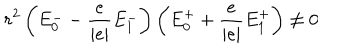
r ^ { 2 } \left( E _ { 0 } ^ { - } - \frac { e } { \left| e \right| } E _ { 1 } ^ { - } \right) \left( E _ { 0 } ^ { + } + \frac { e } { \left| e \right| } E _ { 1 } ^ { + } \right) \neq 0